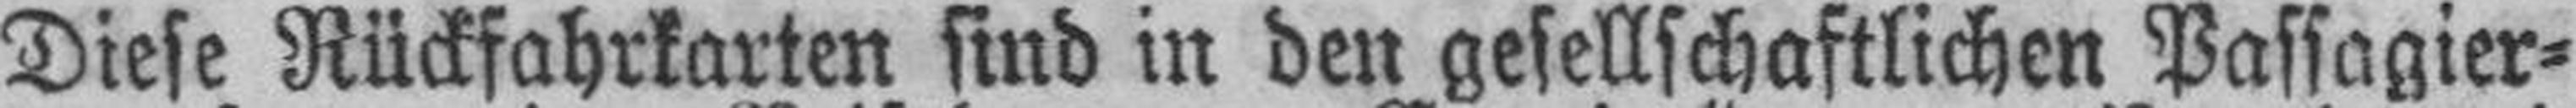
Diese Rückfahrkarten sind in den gesellschaftlichen Passagier=